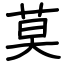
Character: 莫